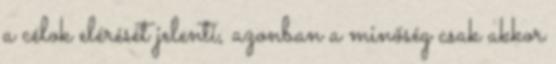
a célok elérését jelenti, azonban a minőség csak akkor